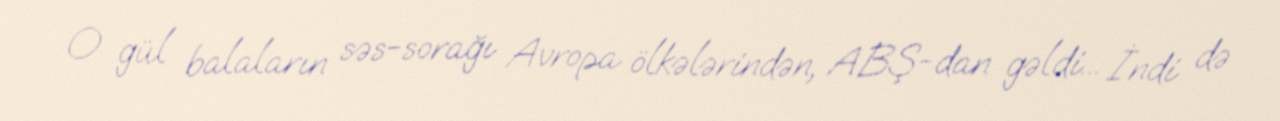
O gül balaların səs-sorağı Avropa ölkələrindən, ABŞ-dan gəldi... İndi də